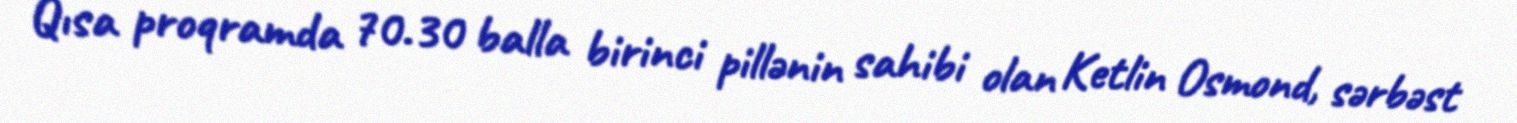
Qısa proqramda 70.30 balla birinci pillənin sahibi olan Ketlin Osmond, sərbəst